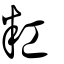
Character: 䉺